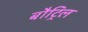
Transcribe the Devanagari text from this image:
बौट्रिल